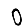
Digit: 0